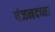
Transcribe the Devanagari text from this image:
पंजनदच्या